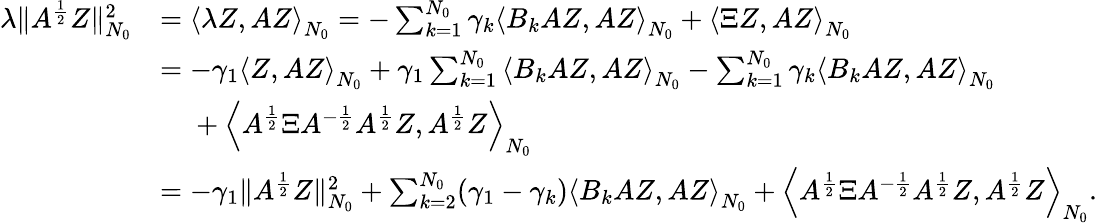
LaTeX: \begin{array}{rl}{\lambda\| A^{\frac{1}{2}}Z\| _{N_{0}}^{2}}&{=\left<\lambda Z,AZ\right>_{N_{0}}=-\sum_{k=1}^{N_{0}}\gamma_{k}\left<B_{k}AZ,AZ\right>_{N_{0}}+\left<\Xi Z,AZ\right>_{N_{0}}}\\ &{=-\gamma_{1}\left<Z,AZ\right>_{N_{0}}+\gamma_{1}\sum_{k=1}^{N_{0}}\left<B_{k}AZ,AZ\right>_{N_{0}}-\sum_{k=1}^{N_{0}}\gamma_{k}\left<B_{k}AZ,AZ\right>_{N_{0}}}\\ &{\phantom{=}\; +\left<A^{\frac{1}{2}}\Xi A^{-\frac{1}{2}}A^{\frac{1}{2}}Z,A^{\frac{1}{2}}Z\right>_{N_{0}}}\\ &{=-\gamma_{1}\| A^{\frac{1}{2}}Z\| _{N_{0}}^{2}+\sum_{k=2}^{N_{0}}(\gamma_{1}-\gamma_{k})\left<B_{k}AZ,AZ\right>_{N_{0}}+\left<A^{\frac{1}{2}}\Xi A^{-\frac{1}{2}}A^{\frac{1}{2}}Z,A^{\frac{1}{2}}Z\right>_{N_{0}}.}\end{array}